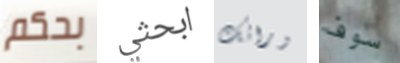
بحكم ابحثي ورائك سوف